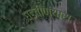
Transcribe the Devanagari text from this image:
घडवीण्यास